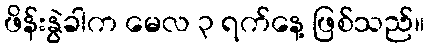
ဖိန်းနွဲခါက မေလ ၃ ရက်နေ့ ဖြစ်သည်။